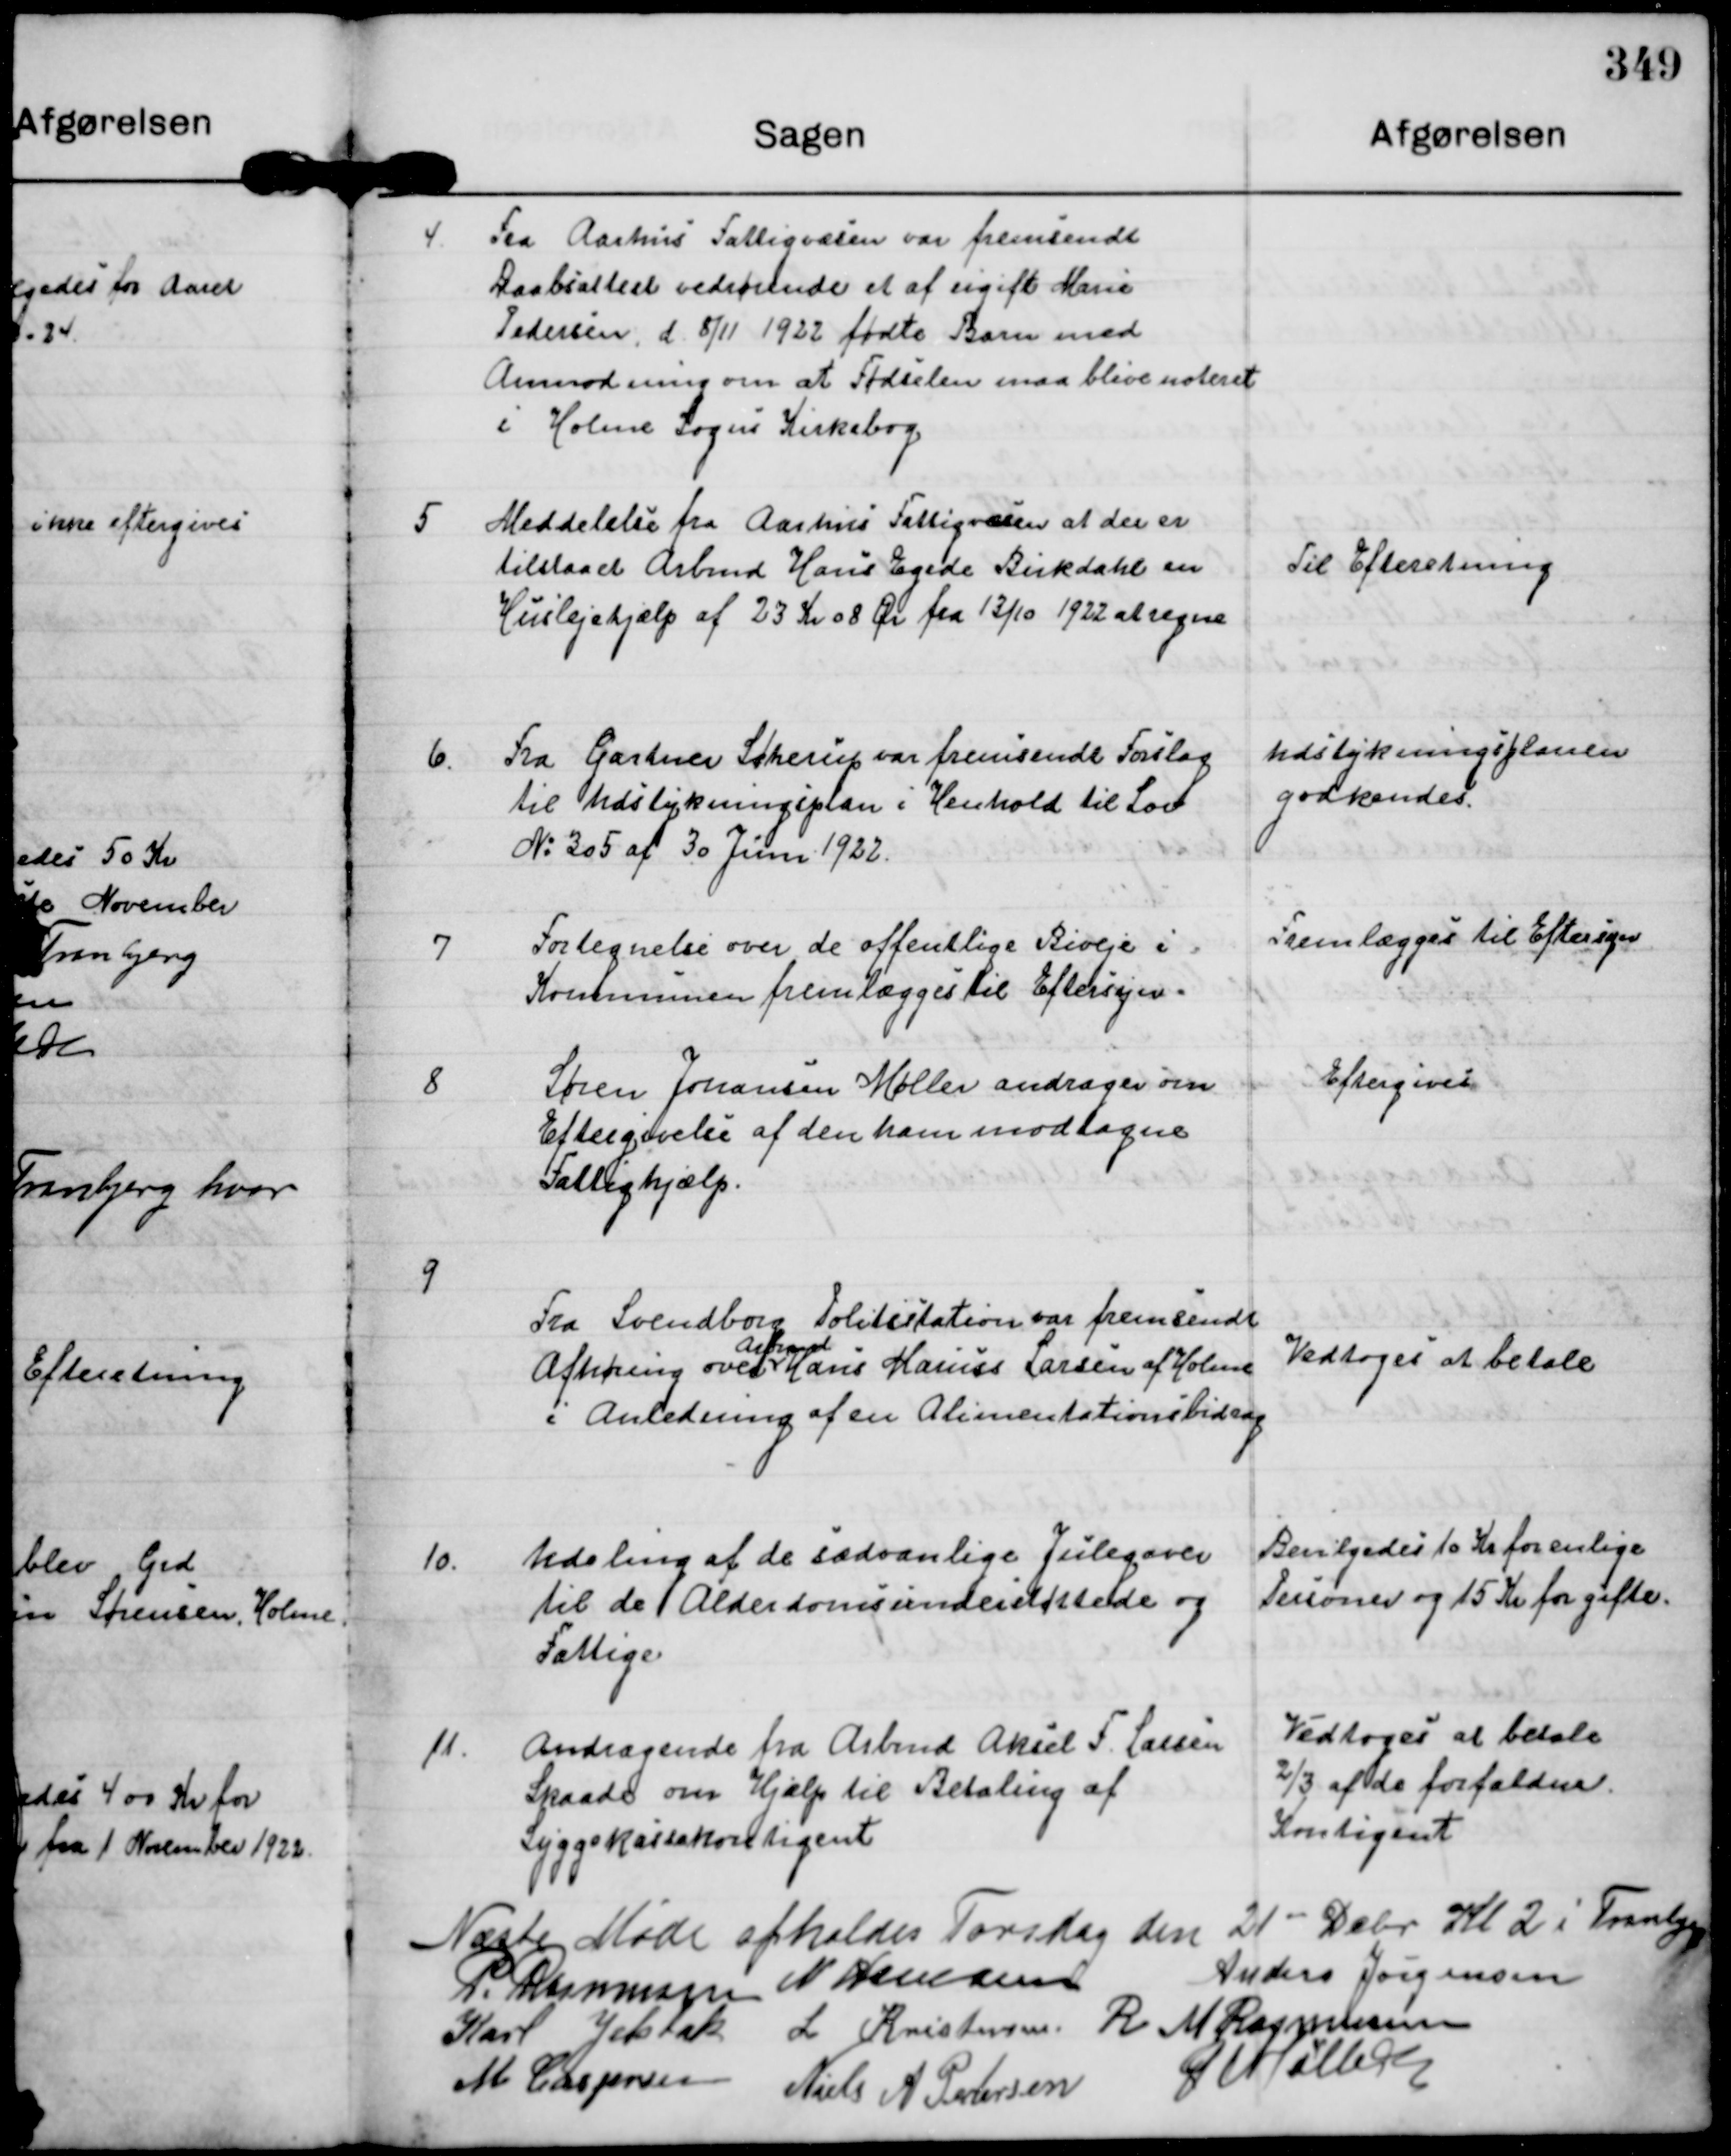
Transskription:
Fra Aarhus Fattigvæsen var fremsendt
Daabsattest vedrørende et af ugift Marie
Pedersen d. 8/11 1922 fødte Barn med
Anmodning om at Fødselen maa blive noteret
i Holme Sogns Kirkebog

5 Meddelelse fra Aarhus Fattigvæsen at der er
tilstaaet Arbmd Hans Egede Birkdahl en
Huslejehjælp af 23 Kr 08 Ør fra 13/10 1922 at regne

Til Efteretning

6. Fra Gartner Sønerup var fremsendt Forslag
til Udstykningsplan i Henhold til Lov
N: 305 af 30 Juni 1922

Udstykningsplanen
godkendes.

7
Fortegnelse over de offentlige Biveje i
Kommunen fremlægges til Eftersyn

Fremlægges til Eftersyn

8
Søren Johansen Møller andrager om
Eftergivelse af den ham modtagne
Fattighjælp.

Eftergives

9
Fra Svendborg Politistation var fremsendt
Afhøring over
Arbmd
Hans Marius Larsen af Holme
i Anledning af en Alimentationsbidrag

Vedtoges at betale

10.
Udeling af de sædvanlige Julegaver
til de Alderdomsunderstøttede og
Fattige

Bevilgedes 10 Kr for enlige
Personer og 15 Kr for gifte.

11.
Andragende fra Arbmd Aksel F. Larsen
Skaade om Hjælp til Betaling af
Syggekassekontigent

Vedtoges at betale
2/3 af de forfaldne
Kontigent

Næste Møde afholdes Torsdag den 21- Debr Kl 2 i Tranbjerg

P. Rasmussen

N Hamann

Anders Jørgensen

Karl Jelsbak

L. Kristensen

R M Rasmussen

M Caspersen

Niels A Pedersen

G Møller